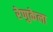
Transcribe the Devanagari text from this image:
रेणुकेला